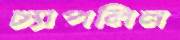
চ্যাপলিন